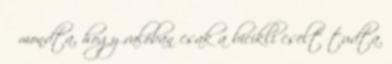
Ő mondta, hogy valóban csak a bicikli cselt tudta.